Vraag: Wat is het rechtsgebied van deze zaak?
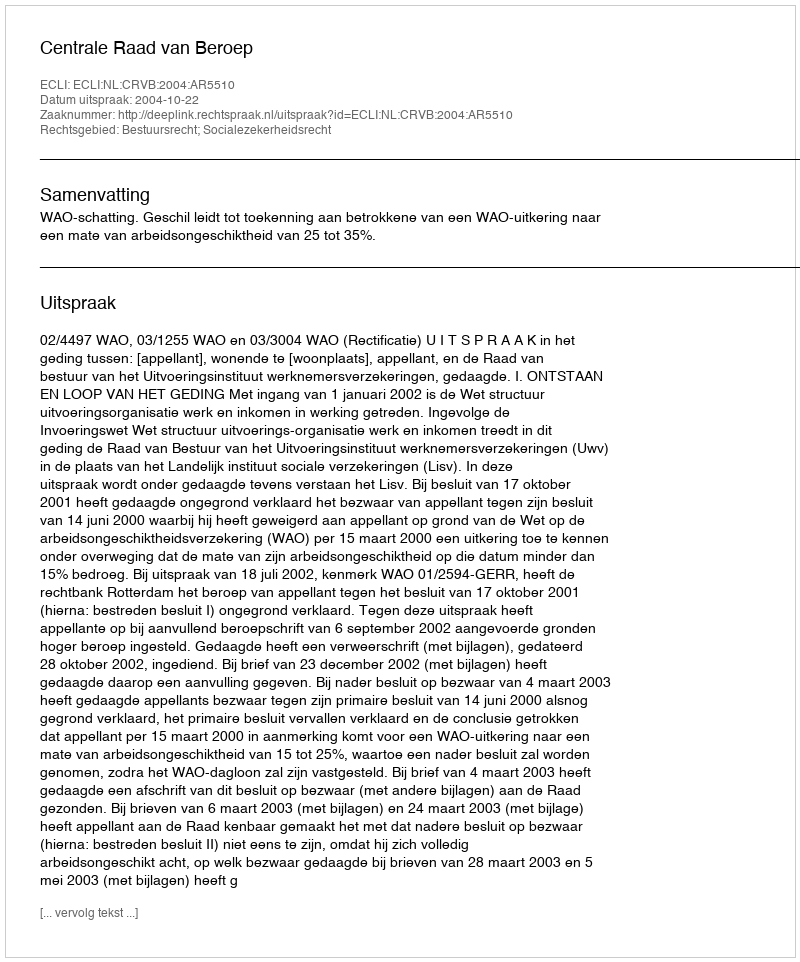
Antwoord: Bestuursrecht; Socialezekerheidsrecht